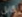
كابل